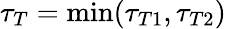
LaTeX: \tau_{T}=\operatorname*{min}(\tau_{T1},\tau_{T2})